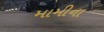
મામીના